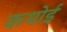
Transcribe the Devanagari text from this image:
कथोई